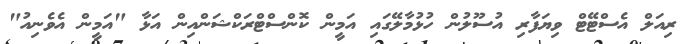
ރިއަލް އެސްޓޭޓް ވިޔަފާރި އުސޫލުން ހުޅުމާލޭގައި އަމީން ކޮންސްޓްރަކްޝަންއިން އަޅާ "އަމީން އެވެނިއު"